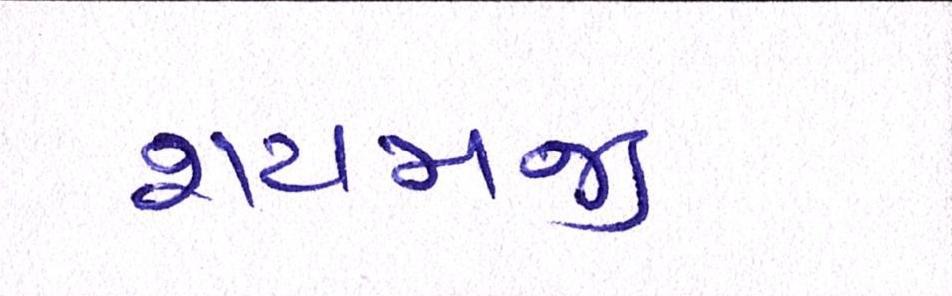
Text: શ્યામજી